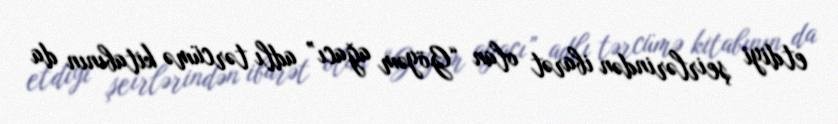
etdiyi şeirlərindən ibarət olan “Göyəm ağacı” adlı tərcümə kitabının da